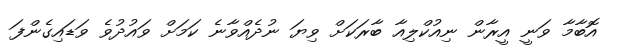
އޮބާމާ ވަނީ އީރާން ނިއުކްލިއާ ބާރަކަށް ވިޔަ ނުދެއްވާނެ ކަމަށް ވައުދުވެ ވަޑައިގެންފަ